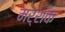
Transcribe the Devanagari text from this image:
मर्शक